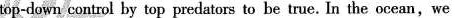
top-down control by top predators to be true.In the wcean,we